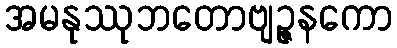
အမနုဿုဘတောဗျဉ္ဇနကော